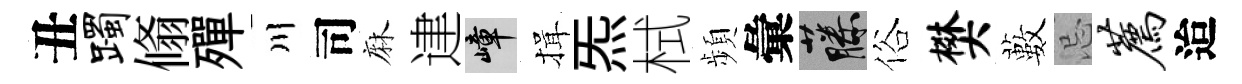
丑躅翛殫川司麻䢖嶂揖炁栻頻彙藤俗樊藪忌荐迨